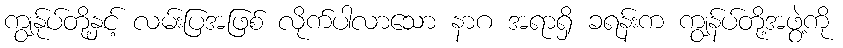
ကျွန်ုပ်တို့နှင့် လမ်းပြအဖြစ် လိုက်ပါလာသော နာဂ အရာရှိ ခရန်းက ကျွန်ပ်တို့အဖွဲ့ကို